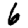
Digit: 6